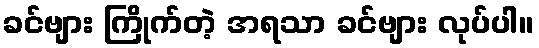
ခင်ဗျား ကြိုက်တဲ့ အရသာ ခင်ဗျား လုပ်ပါ။